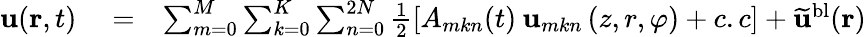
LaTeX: \begin{array}{rlr}{{\mathbf{u}}(\mathbf{r},t)}&{{}=}&{\sum_{m=0}^{M}\sum_{k=0}^{K}\sum_{n=0}^{2N}\frac{1}{2}\left[A_{mkn}(t)\: {\mathbf{u}}_{mkn}\left(z,r,\varphi\right)+c.c\right]+\mathbf{\widetilde{u}}^{\mathrm{{bl}}}(\mathbf{r})}\end{array}